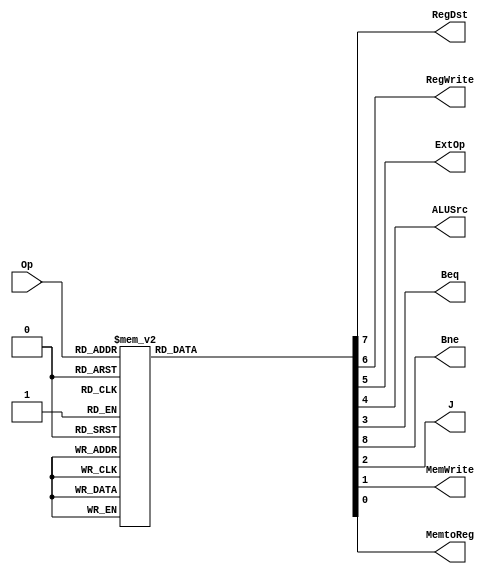
module mainCtrl(
   input [4:0] Op,
    output  RegDst,
    output  RegWrite,
    output  ExtOp,
    output  ALUSrc,
    output  Beq,
	 output Bne,
	  output  J,
    output  MemWrite,
    output  MemtoReg
    );
	 
	 
	  reg [8:0] control;
	 always @ (*)
	 
	 casex(Op)
	 
	  5'b00000: control=9'b011x00000; // R-type
	  
	  5'b00100: control=9'b001110000; /// Addi
	  
	  5'b10010: control=9'b00111000; //SLTi
	  
	  5'b11000: control=9'b001010000; //ORi
	  
	  5'b01000: control=9'b001110001; //Lw
	  

	  5'b01100: control=9'b0x011001x; //Sw

	  
	  5'b01111: control=9'b0x0x0100x; //beq
	  
	  5'b00111: control=9'b0x0xx010x; // j
	  
	  default: control=9'b0000000000;
	  endcase
	  
assign Bne=control[8];
assign RegDst=control[7];
assign RegWrite= control[6];
assign ExtOp=control[5];
assign ALUSrc=control[4];
assign Beq=control[3];
assign J=control[2];
assign MemWrite=control[1];
assign MemtoReg=control[0];


endmodule